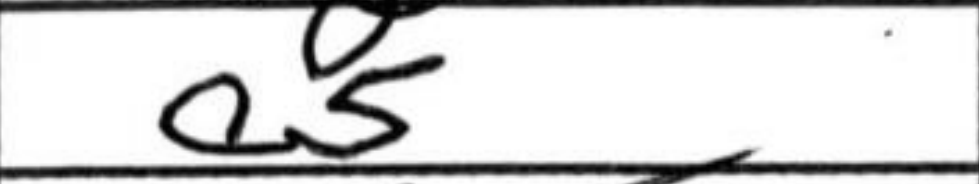
Transcription: a5